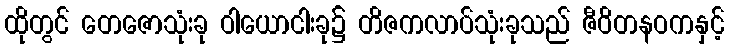
ထိုတွင် တေဇောသုံးခု ဝါယောငါးခု၌ တိဇကလာပ်သုံးခုသည် ဇီဝိတနဝကနှင့်